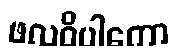
ဖလဝိပါကော